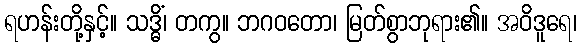
ရဟန်းတို့နှင့်။ သဒ္ဓိံ၊ တကွ။ ဘဂဝတော၊ မြတ်စွာဘုရား၏။ အဝိဒူရေ၊